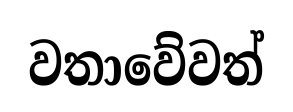
වතාවේවත්